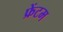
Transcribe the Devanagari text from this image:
फ्रेंटम